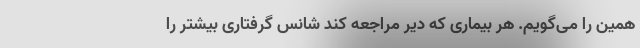
همین را می‌گویم. هر بیماری که دیر مراجعه کند شانس گرفتاری بیشتر را